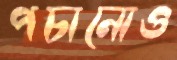
পচানোও